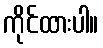
ကိုင်ထားပါ။